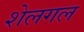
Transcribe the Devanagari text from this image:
शेलगल